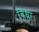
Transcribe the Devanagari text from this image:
विधा